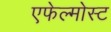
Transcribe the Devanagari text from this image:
एफेल्मोस्ट